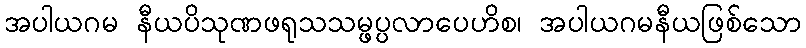
အပါယဂမ နီယပိသုဏဖရုသသမ္ဖပ္ပလာပေဟိစ၊ အပါယဂမနီယဖြစ်သော